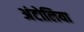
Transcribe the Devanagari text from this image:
अंटोलिया